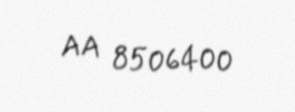
AA 8506400